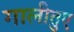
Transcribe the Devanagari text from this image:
गालीतुए